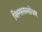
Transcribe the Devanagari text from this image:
विस्सलब्लोअर